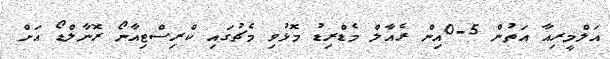
އަލްމީރިއާ އަތުން 5-0އިން ރެއާލް މެޑްރިޑު މޮޅުވި މެޗުގައި ކްރިސްޓިއާނޯ ރޮނާލްޑޯ އަށް